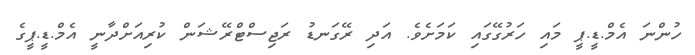
ހުންނަ އެމް.ޑީ.ޕީ މައި ހަރުގޭގައި ކަމަށެވެ. އަދި ރޭގަނޑު ރަޖިސްޓްރޭޝަން ކުރިއަށްދާނީ އެމް.ޑީ.ޕީގެ